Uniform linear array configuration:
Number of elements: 24
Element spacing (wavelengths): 0.75
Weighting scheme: hann
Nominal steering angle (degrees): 45
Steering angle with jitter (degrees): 44.826
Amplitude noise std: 0.05
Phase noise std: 0.05

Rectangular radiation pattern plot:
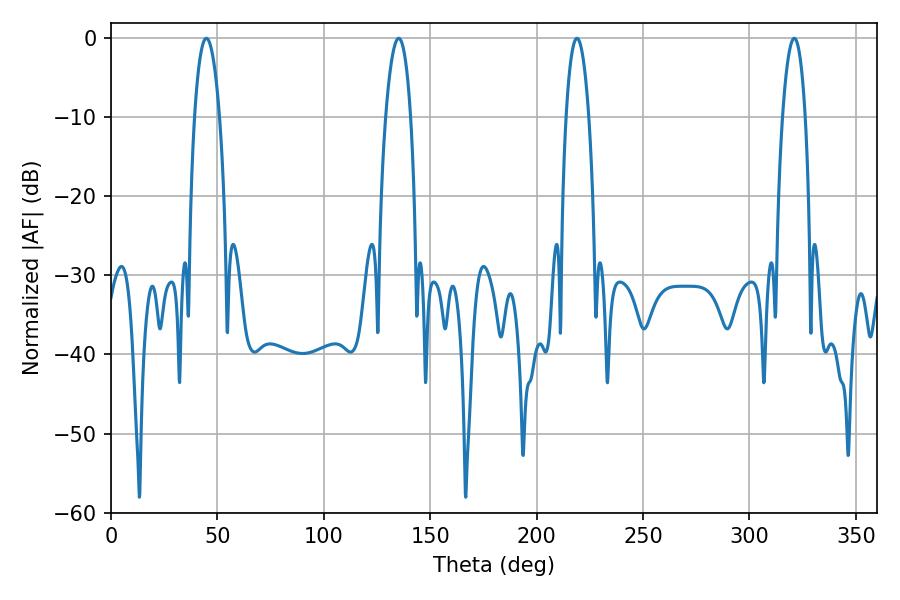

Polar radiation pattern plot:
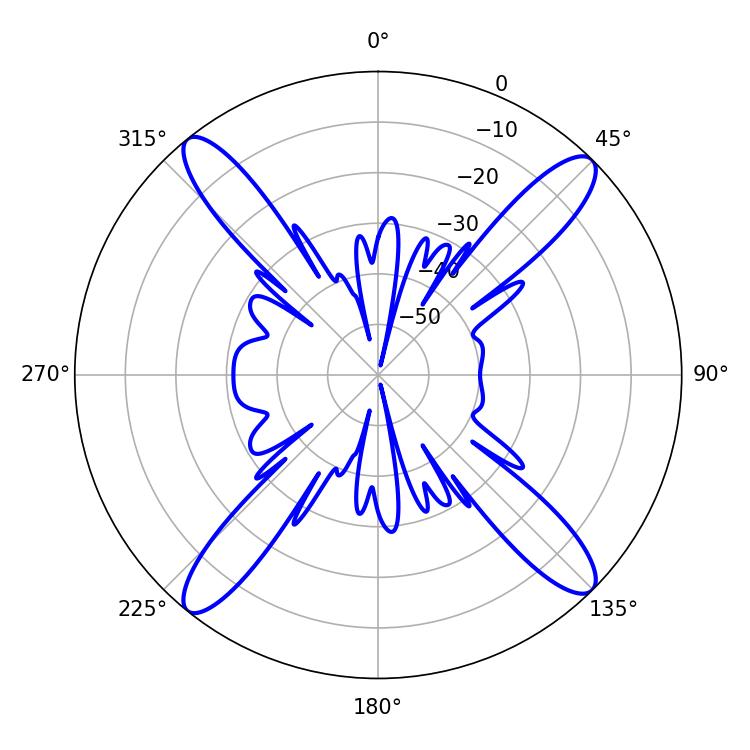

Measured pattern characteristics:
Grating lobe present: TRUE
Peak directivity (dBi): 17.938
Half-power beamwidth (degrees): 6.66
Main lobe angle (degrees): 44.82